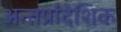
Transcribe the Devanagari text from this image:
अन्तर्प्रादेशिक